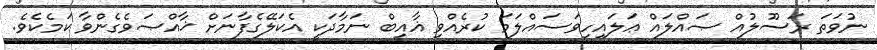
ނުވަތަ ރަސޫލުއް ޞައްލައް ޢަލައިހިވަސައްލަމަ ކުރެއްވި ޣާއިބް ނަމާދަކީ އެކަލޭގެފާނަށް ޚާއްޞަވެގެންވާ ކަމެކެވެ.